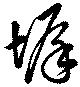
墀